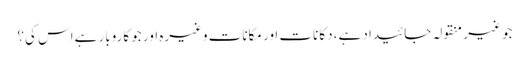
جو غیر منقولہ جائیداد ہے، دکانات اور مکانات وغیرہ اور جو کاروبار ہےاس کی؟